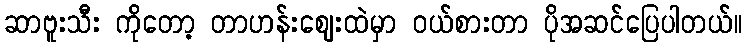
ဆာဗူးသီး ကိုတော့ တာဟန်းဈေးထဲမှာ ဝယ်စားတာ ပိုအဆင်ပြေပါတယ်။